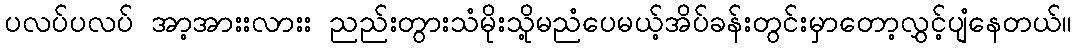
ပလပ်ပလပ် အာ့အားးလားး ညည်းတွားသံမိုးသို့မညံပေမယ့်အိပ်ခန်းတွင်းမှာတော့လွှင့်ပျံနေတယ်။